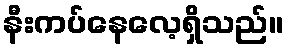
နီးကပ်နေလေ့ရှိသည်။